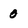
Character: 0